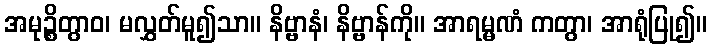
အမုဉ္စိတွာဝ၊ မလွှတ်မူ၍သာ။ နိဗ္ဗာနံ၊ နိဗ္ဗာန်ကို။ အာရမ္မဏံ ကတွာ၊ အာရုံပြု၍။